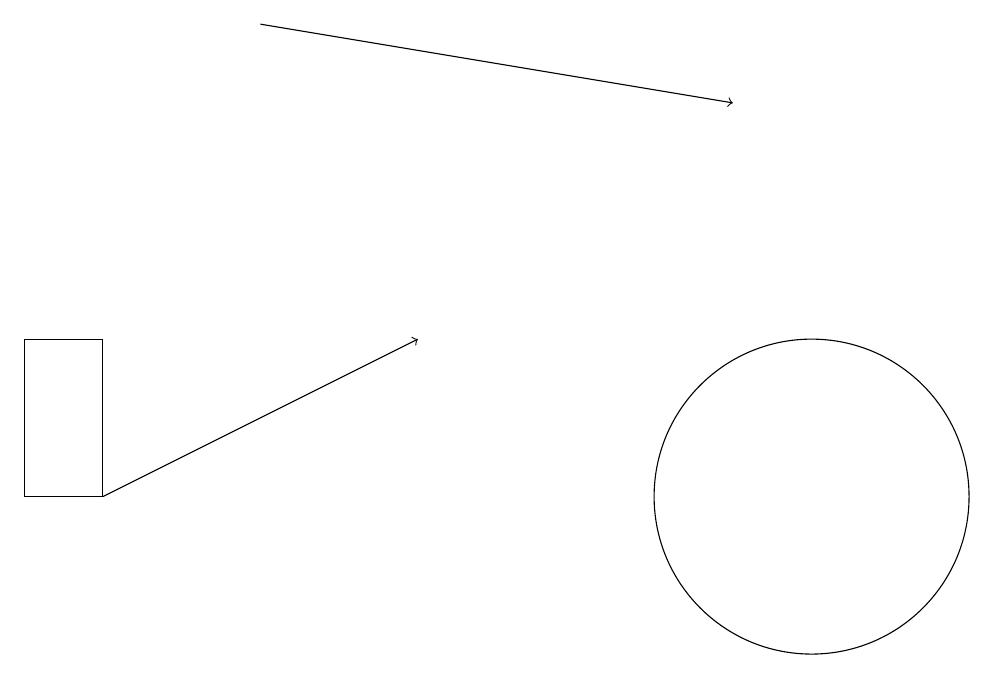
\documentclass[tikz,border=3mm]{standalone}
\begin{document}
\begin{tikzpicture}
\draw (0,10) rectangle (1,12);
\draw[->] (1,10) -- (5,12);
\draw (10,10) circle (2);
\draw[->] (3,16) -- (9,15);
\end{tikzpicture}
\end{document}